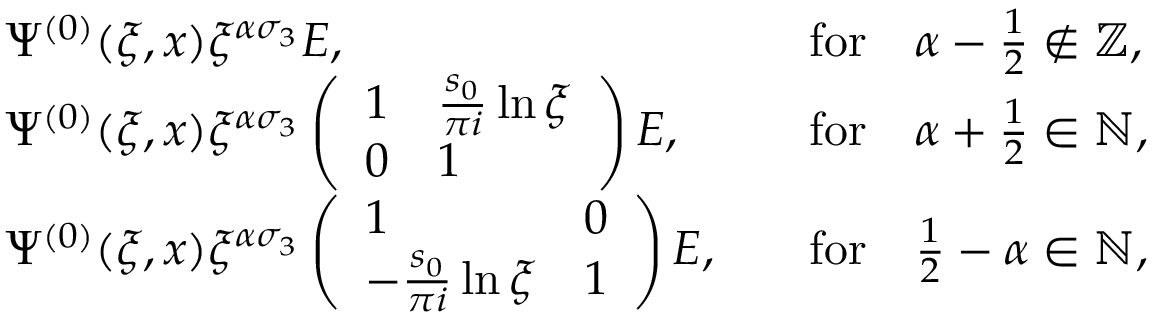
\begin{array} { r l r l } & { \Psi ^ { ( 0 ) } ( \xi , x ) \xi ^ { \alpha \sigma _ { 3 } } E , } & & { \mathrm { f o r } \quad \alpha - \frac { 1 } { 2 } \notin \mathbb { Z } , } \\ & { \Psi ^ { ( 0 ) } ( \xi , x ) \xi ^ { \alpha \sigma _ { 3 } } \left( \begin{array} { l l } { 1 } & { \frac { s _ { 0 } } { \pi i } \ln \xi } \\ { 0 } & { 1 } \end{array} \right) E , } & & { \mathrm { f o r } \quad \alpha + \frac { 1 } { 2 } \in \mathbb { N } , } \\ & { \Psi ^ { ( 0 ) } ( \xi , x ) \xi ^ { \alpha \sigma _ { 3 } } \left( \begin{array} { l l } { 1 } & { 0 } \\ { - \frac { s _ { 0 } } { \pi i } \ln \xi } & { 1 } \end{array} \right) E , } & & { \mathrm { f o r } \quad \frac { 1 } { 2 } - \alpha \in \mathbb { N } , } \end{array}